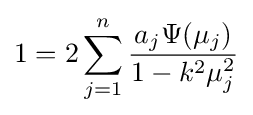
1=2\sum _{j=1}^{n}{\frac {a_{j}\Psi (\mu _{j})}{1-k^{2}\mu _{j}^{2}}}